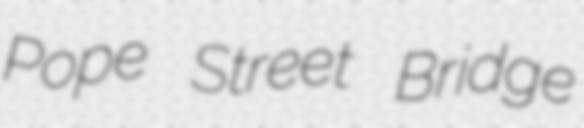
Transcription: Pope Street Bridge